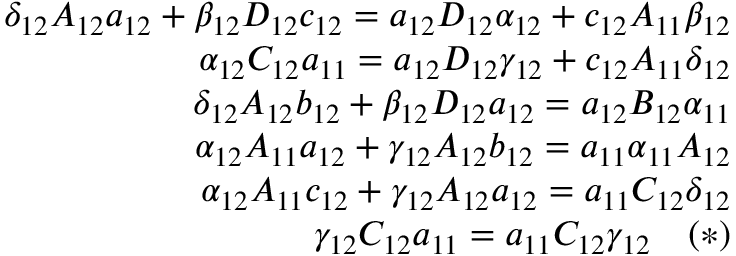
\begin{array} { r l r } & { } & { \delta _ { 1 2 } A _ { 1 2 } a _ { 1 2 } + \beta _ { 1 2 } D _ { 1 2 } c _ { 1 2 } = a _ { 1 2 } D _ { 1 2 } \alpha _ { 1 2 } + c _ { 1 2 } A _ { 1 1 } \beta _ { 1 2 } } \\ & { } & { \alpha _ { 1 2 } C _ { 1 2 } a _ { 1 1 } = a _ { 1 2 } D _ { 1 2 } \gamma _ { 1 2 } + c _ { 1 2 } A _ { 1 1 } \delta _ { 1 2 } } \\ & { } & { \delta _ { 1 2 } A _ { 1 2 } b _ { 1 2 } + \beta _ { 1 2 } D _ { 1 2 } a _ { 1 2 } = a _ { 1 2 } B _ { 1 2 } \alpha _ { 1 1 } } \\ & { } & { \alpha _ { 1 2 } A _ { 1 1 } a _ { 1 2 } + \gamma _ { 1 2 } A _ { 1 2 } b _ { 1 2 } = a _ { 1 1 } \alpha _ { 1 1 } A _ { 1 2 } } \\ & { } & { \alpha _ { 1 2 } A _ { 1 1 } c _ { 1 2 } + \gamma _ { 1 2 } A _ { 1 2 } a _ { 1 2 } = a _ { 1 1 } C _ { 1 2 } \delta _ { 1 2 } } \\ & { } & { \gamma _ { 1 2 } C _ { 1 2 } a _ { 1 1 } = a _ { 1 1 } C _ { 1 2 } \gamma _ { 1 2 } \quad ( * ) } \end{array}